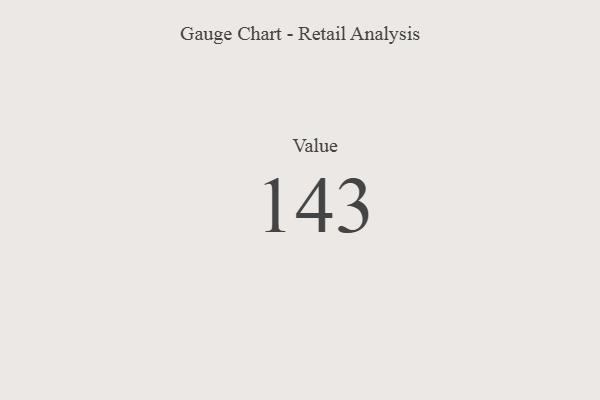
{"axis": {"x": "Metric", "y": "Value"}, "legend": [""], "data": [{"x": "Value", "y": 143, "type": ""}]}